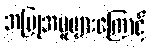
အပြုအမူများကြောင့်